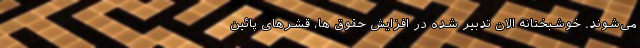
می‌شوند. خوشبختانه الان تدبیر شده در افزایش حقوق ها، قشرهای پائین